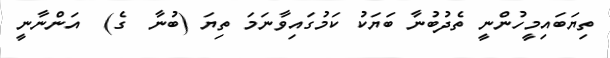
ތިޔަބައިމީހުންނީ ތެދުބުނާ ބަޔަކު ކަމުގައިވާނަމަ ތިޔަ (ބުނާ  ގެ)  އަންނާނީ